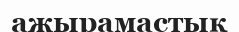
ажырамастық